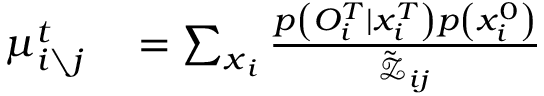
\begin{array} { r l } { \mu _ { i \setminus j } ^ { t } } & { { } = \sum _ { \boldsymbol { x } _ { i } } \frac { p \left( { O } _ { i } ^ { T } \mid x _ { i } ^ { T } \right) p \left( x _ { i } ^ { 0 } \right) } { \tilde { \mathcal { Z } } _ { i j } } } \end{array}